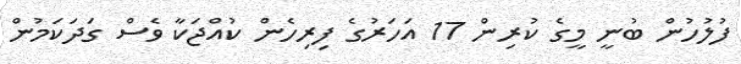
ފުލުހުން ބުނީ މީގެ ކުރިން 17 އަހަރުގެ ފިރިހެން ކުއްޖަކާ ވެސް ގަދަކަމުން